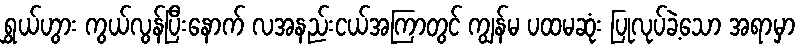
ရွှယ်ဟွား ကွယ်လွန်ပြီးနောက် လအနည်းငယ်အကြာတွင် ကျွန်မ ပထမဆုံး ပြုလုပ်ခဲ့သော အရာမှာ